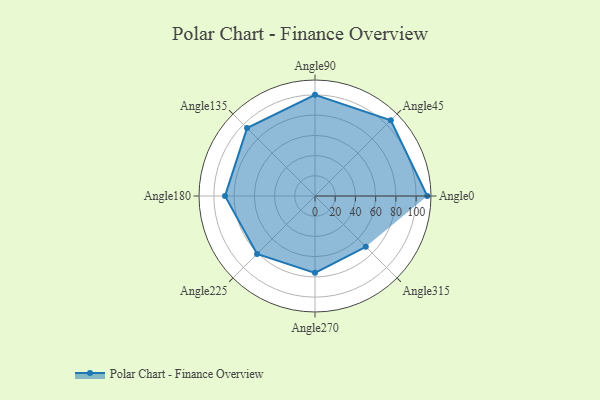
{"axis": {"x": "Angle", "y": "Radius"}, "legend": [""], "data": [{"x": "Angle0", "y": 111.0, "type": ""}, {"x": "Angle45", "y": 106.0, "type": ""}, {"x": "Angle90", "y": 100.0, "type": ""}, {"x": "Angle135", "y": 95.0, "type": ""}, {"x": "Angle180", "y": 89.0, "type": ""}, {"x": "Angle225", "y": 81.0, "type": ""}, {"x": "Angle270", "y": 76.0, "type": ""}, {"x": "Angle315", "y": 71.0, "type": ""}]}